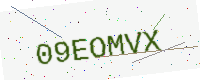
Text: 09EOMVX